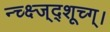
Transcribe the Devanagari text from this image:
न्च्क्ष्ज्द्शूच्ग्।